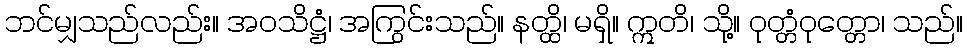
ဘင်မျှသည်လည်း။ အဝသိဋ္ဌံ၊ အကြွင်းသည်။ နတ္ထိ၊ မရှိ။ ဣတိ၊ သို့။ ဝုတ္တံဝုတ္တော၊ သည်။